Cholera in southern India
Disease focus: Cholera
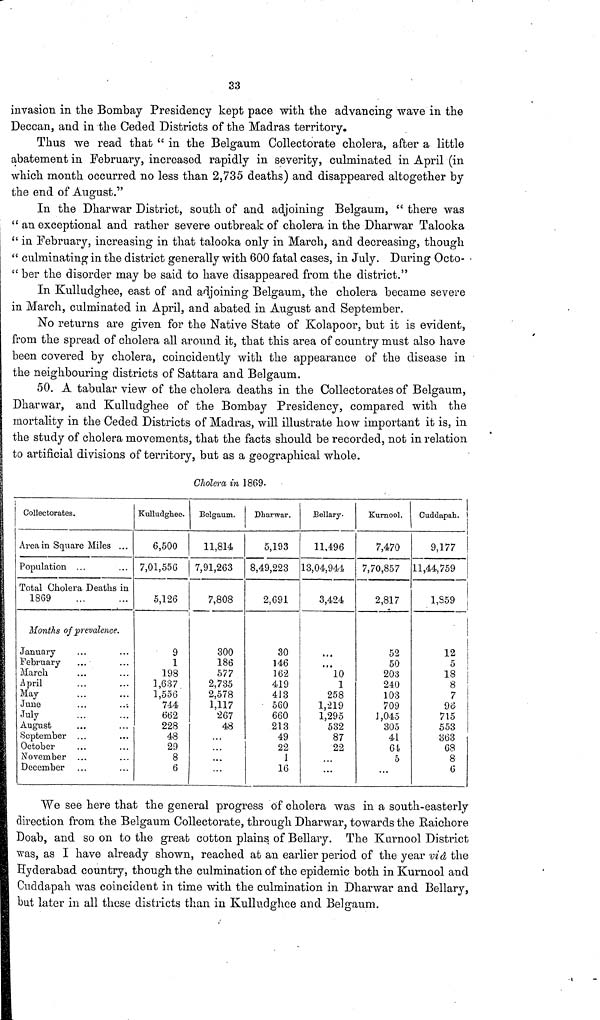
33
invasion in the Bombay Presidency kept pace with the advancing wave in the
Deccan, and in the Ceded Districts of the Madras territory.
Thus we read that " in the Belgaum Collectorate cholera, after a little
abatement in February, increased rapidly in severity, culminated in April (in
which month occurred no less than 2,735 deaths) and disappeared altogether by
the end of August."
In the Dharwar District, south of and adjoining Belgaum, " there was
" an exceptional and rather severe outbreak of cholera in the Dharwar Talooka
" in February, increasing in that talooka only in March, and decreasing, though
" culminating in the district generally with 600 fatal cases, in July. During Octo-
" ber the disorder may be said to have disappeared from the district."
In Kulludghee, east of and adjoining Belgaum, the cholera became severe
in March, culminated in April, and abated in August and September.
No returns are given for the Native State of Kolapoor, but it is evident,
from the spread of cholera all around it, that this area of country must also have
been covered by cholera, coincidently with the appearance of the disease in
the neighbouring districts of Sattara and Belgaum.
50. A tabular view of the cholera deaths in the Collectorates of Belgaum,
Dharwar, and Kulludghee of the Bombay Presidency, compared with the
mortality in the Ceded Districts of Madras, will illustrate how important it is, in
the study of cholera movements, that the facts should be recorded, not in relation
to artificial divisions of territory, but as a geographical whole.
Cholera in 1869-
Collectorates.
Area in Square Miles ...
Population ...
Total Cholera Deaths in
1869
Months of prevalence.
January
February
March
April
May
June
July
August
September
October
November
December
Kulludgheo.
6,500
7,01,556
5,126
9
1
198
1,637
1,556
744
662
228
48
29
8
6
Belgaum.
11,814
7,91,263
7,808
300
186
577
2,735
2,578
1,117
267
48
••
Dharwar.
5,193
8,49,223
2,691
30
146
162
419
413
560
660
213
49
22
1
16
Bellary-
11,496
13,04,944
3,424
•
10
1
258
1,219
1,295
532
87
22
...
Kurnool.
7,470
7,70,857
2,817
52
50
203
240
103
709
J,045
305
41
61
5
...
Cuddapah.
9,177
11,44,759
1,S59
12
18
8
7
96
715
553
863
68
8
6
We see here that the general progress of cholera was in a south-easterly
direction from the Belgaum Collectorate, through Dharwar, towards the Raichore
Doab, and so on to the great cotton plains of Bellary. The Kurnool District
was, as I have already shown, reached at an earlier period of the year vid the
Hyderabad country, though the culmination of the epidemic both in Kurnool and
Cuddapah was coincident in time with the culmination in Dharwar and Bellary,
but later in all these districts than in Kulludghee and Belgaum.